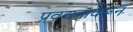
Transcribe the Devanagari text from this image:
प्रवचनावरून